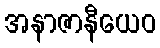
အနာဇာနီယေဝ